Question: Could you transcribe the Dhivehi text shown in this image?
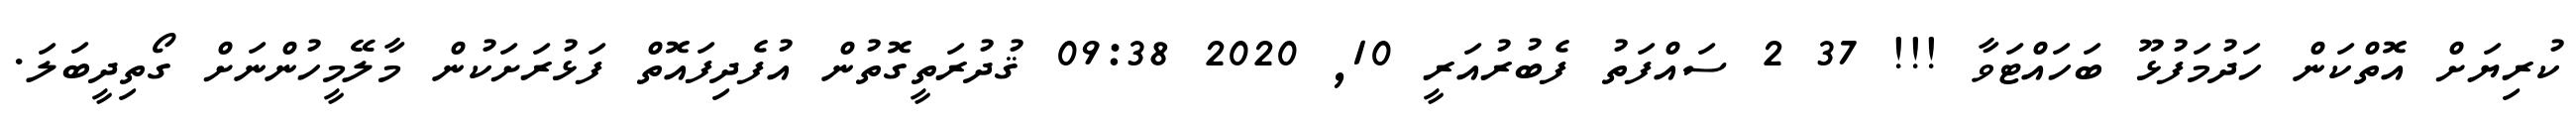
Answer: ކުރިޔަށް އޮތްކަން ހަދުމަފުޅޫ ބަހައްޓަވާ !!! 37 2 ސައްފަތު ފެބުރުއަރީ 10, 2020 09:38 ޤުދުރަތީގޮތުން އުފެދިފައޮތް ފަޅުރަށަކުން މާލޭމީހުންނަށް ގޯތިދީބަލަ.